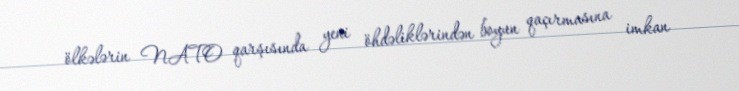
ölkələrin NATO qarşısında yeni öhdəliklərindən boyun qaçırmasına imkan